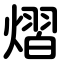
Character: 熠